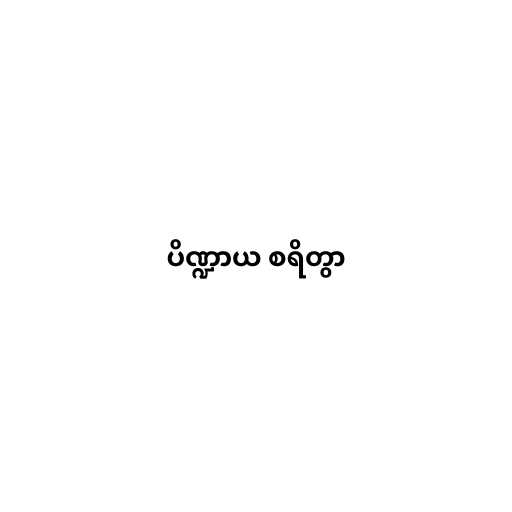
ပိဏ္ဍာယ စရိတွာ